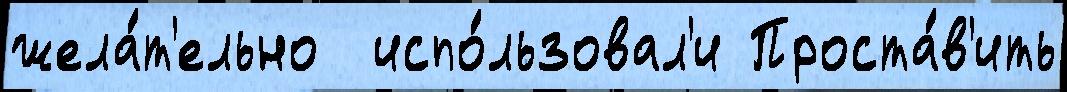
жела́т'ельно  испо́льзовал'и Проста́в'ить